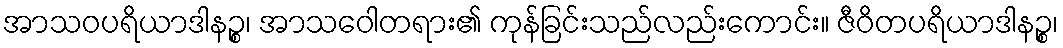
အာသဝပရိယာဒါနဉ္စ၊ အာသဝေါတရား၏ ကုန်ခြင်းသည်လည်းကောင်း။ ဇီဝိတပရိယာဒါနဉ္စ၊